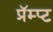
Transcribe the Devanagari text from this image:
प्रॅम्प्ट